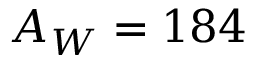
A _ { W } = 1 8 4